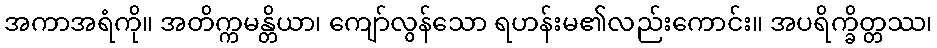
အကာအရံကို။ အတိက္ကမန္တိယာ၊ ကျော်လွန်သော ရဟန်းမ၏လည်းကောင်း။ အပရိက္ခိတ္တဿ၊